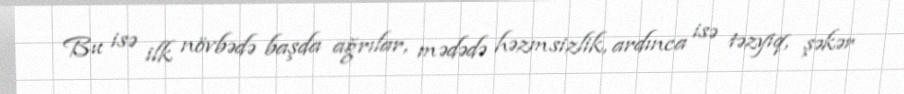
Bu isə ilk növbədə başda ağrılar, mədədə həzmsizlik, ardınca isə təzyiq, şəkər